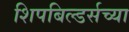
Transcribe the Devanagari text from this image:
शिपबिल्डर्सच्या